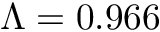
\Lambda = 0 . 9 6 6